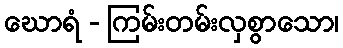
ဃောရံ - ကြမ်းတမ်းလှစွာသော၊